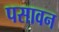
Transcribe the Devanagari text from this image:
पसावन